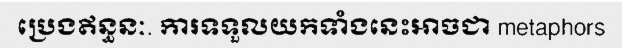
ប្រេងឥន្ធនៈ. ការទទួលយកទាំងនេះអាចជា metaphors